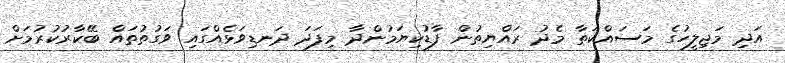
އަދި މަޖިލީހުގެ މަސައްކަތާ މެދު ރައްޔިތުން ފާޑުކިޔަމުންދާ މިފަދަ ދަނޑިވަޅެއްގައި ވަގުތުތައް ބޭކާރުކުރުމަށް